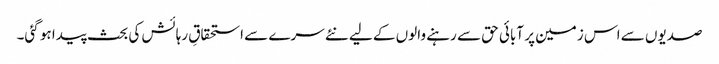
صدیوں سے اس زمین پر آبائی حق سے رہنے والوں کے لیے نئے سرے سے استحقاقِ رہائش کی بحث پیدا ہو گئی۔